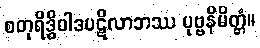
စတုရိဒ္ဓိပါဒပဋိလာဘဿ ပုဗ္ဗနိမိတ္တံ။